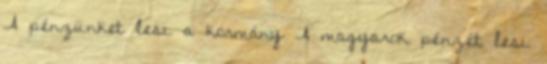
A pénzünket lesi a kormány A magyarok pénzét lesi